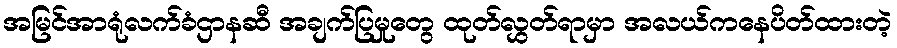
အမြင်အာရုံလက်ခံဌာနဆီ အချက်ပြမှုတွေ ထုတ်လွှတ်ရာမှာ အလယ်ကနေပိတ်ထားတဲ့